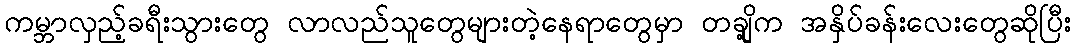
ကမ္ဘာလှည့်ခရီးသွားတွေ လာလည်သူတွေများတဲ့နေရာတွေမှာ တချို့က အနှိပ်ခန်းလေးတွေဆိုပြီး